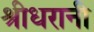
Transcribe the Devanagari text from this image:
श्रीधरानी